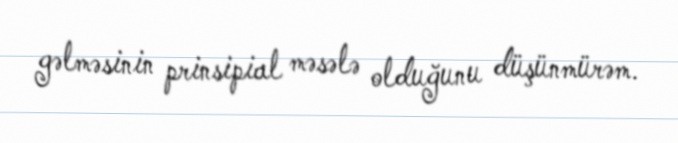
gəlməsinin prinsipial məsələ olduğunu düşünmürəm.